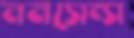
ননসেন্স